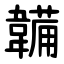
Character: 韛